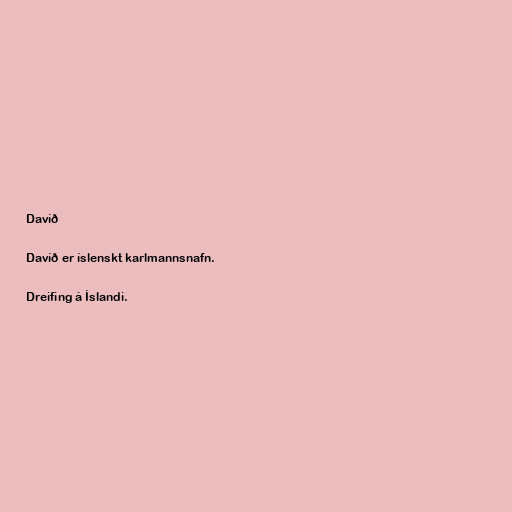
Davíð

Davíð er íslenskt karlmannsnafn.

Dreifing á Íslandi.